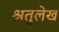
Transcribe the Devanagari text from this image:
श्रतुलेख